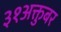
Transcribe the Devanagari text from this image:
३१अक्तुबर